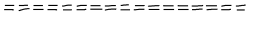
= = = = = = = = = = = = = = = = =